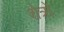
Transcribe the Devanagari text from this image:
शेत्रो